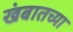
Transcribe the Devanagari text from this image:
खंबातच्या